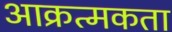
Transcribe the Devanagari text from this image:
आक्रत्मकता